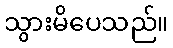
သွားမိပေသည်။